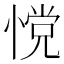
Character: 𰑿